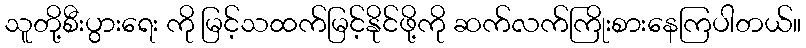
သူတို့စီးပွားရေး ကို မြင့်သထက်မြင့်နိုင်ဖို့ကို ဆက်လက်ကြိုးစားနေကြပါတယ်။